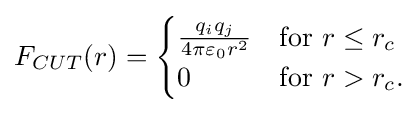
\displaystyle F_{CUT}(r)={\begin{cases}{\frac {q_{i}q_{j}}{4\pi \varepsilon _{0}r^{2}}}&{\text{for }}r\leq r_{c}\\0&{\text{for }}r>r_{c}.\end{cases}}